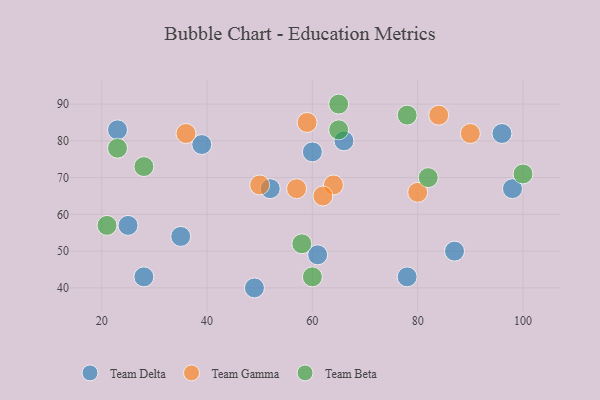
{"axis": {"x": "GDP", "y": "Life Expectancy"}, "legend": ["Team Beta", "Team Delta", "Team Gamma"], "data": [{"x": "61", "y": 49, "type": "Team Delta"}, {"x": "87", "y": 50, "type": "Team Delta"}, {"x": "98", "y": 67, "type": "Team Delta"}, {"x": "23", "y": 83, "type": "Team Delta"}, {"x": "39", "y": 79, "type": "Team Delta"}, {"x": "60", "y": 77, "type": "Team Delta"}, {"x": "35", "y": 54, "type": "Team Delta"}, {"x": "28", "y": 43, "type": "Team Delta"}, {"x": "96", "y": 82, "type": "Team Delta"}, {"x": "49", "y": 40, "type": "Team Delta"}, {"x": "66", "y": 80, "type": "Team Delta"}, {"x": "52", "y": 67, "type": "Team Delta"}, {"x": "78", "y": 43, "type": "Team Delta"}, {"x": "25", "y": 57, "type": "Team Delta"}, {"x": "64", "y": 68, "type": "Team Gamma"}, {"x": "50", "y": 68, "type": "Team Gamma"}, {"x": "36", "y": 82, "type": "Team Gamma"}, {"x": "62", "y": 65, "type": "Team Gamma"}, {"x": "80", "y": 66, "type": "Team Gamma"}, {"x": "59", "y": 85, "type": "Team Gamma"}, {"x": "57", "y": 67, "type": "Team Gamma"}, {"x": "84", "y": 87, "type": "Team Gamma"}, {"x": "90", "y": 82, "type": "Team Gamma"}, {"x": "65", "y": 90, "type": "Team Beta"}, {"x": "100", "y": 71, "type": "Team Beta"}, {"x": "60", "y": 43, "type": "Team Beta"}, {"x": "65", "y": 83, "type": "Team Beta"}, {"x": "23", "y": 78, "type": "Team Beta"}, {"x": "78", "y": 87, "type": "Team Beta"}, {"x": "28", "y": 73, "type": "Team Beta"}, {"x": "82", "y": 70, "type": "Team Beta"}, {"x": "21", "y": 57, "type": "Team Beta"}, {"x": "58", "y": 52, "type": "Team Beta"}]}